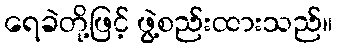
ရေခဲတို့ဖြင့် ဖွဲ့စည်းထားသည်။